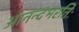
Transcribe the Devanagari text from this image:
आनन्दभरतिः